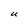
Character: U